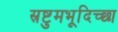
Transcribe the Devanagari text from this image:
स्रष्टुमभूदिच्छा